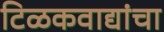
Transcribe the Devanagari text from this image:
टिळकवाद्यांचा